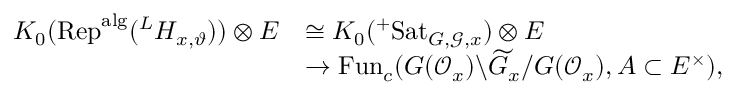
\begin{array} { r l } { K _ { 0 } ( \mathrm { R e p } ^ { \mathrm { a l g } } ( ^ { L } H _ { x , \vartheta } ) ) \otimes E } & { \cong K _ { 0 } ( ^ { + } \mathrm { S a t } _ { G , \mathscr G , x } ) \otimes E } \\ & { \rightarrow \operatorname { F u n } _ { c } ( G ( \mathscr O _ { x } ) \backslash \widetilde G _ { x } / G ( \mathscr O _ { x } ) , A \subset E ^ { \times } ) , } \end{array}